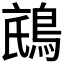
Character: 𱈧